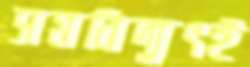
সমবিদ্যুৎই